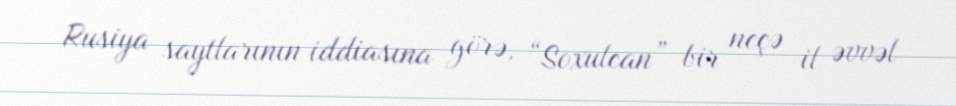
Rusiya saytlarının iddiasına görə, “Soxulcan” bir neçə il əvvəl